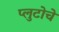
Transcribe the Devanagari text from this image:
प्लुटोचे